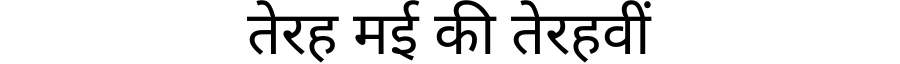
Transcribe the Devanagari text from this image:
तेरह मई की तेरहवीं